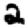
Digit: 2